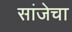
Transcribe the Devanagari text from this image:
सांजेचा